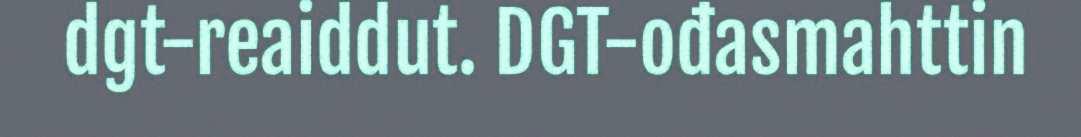
dgt-reaiddut. DGT-ođasmahttin